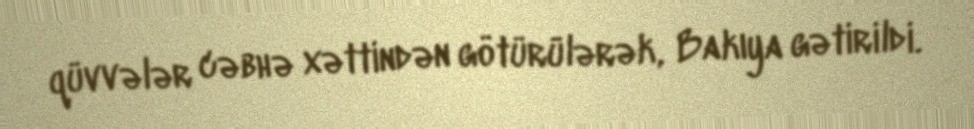
qüvvələr cəbhə xəttindən götürülərək, Bakıya gətirildi.